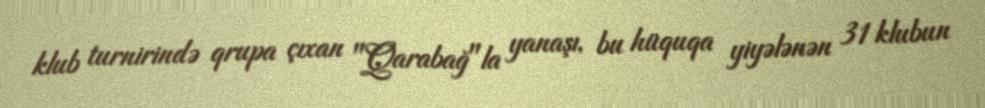
klub turnirində qrupa çıxan "Qarabağ"la yanaşı, bu hüquqa yiyələnən 31 klubun